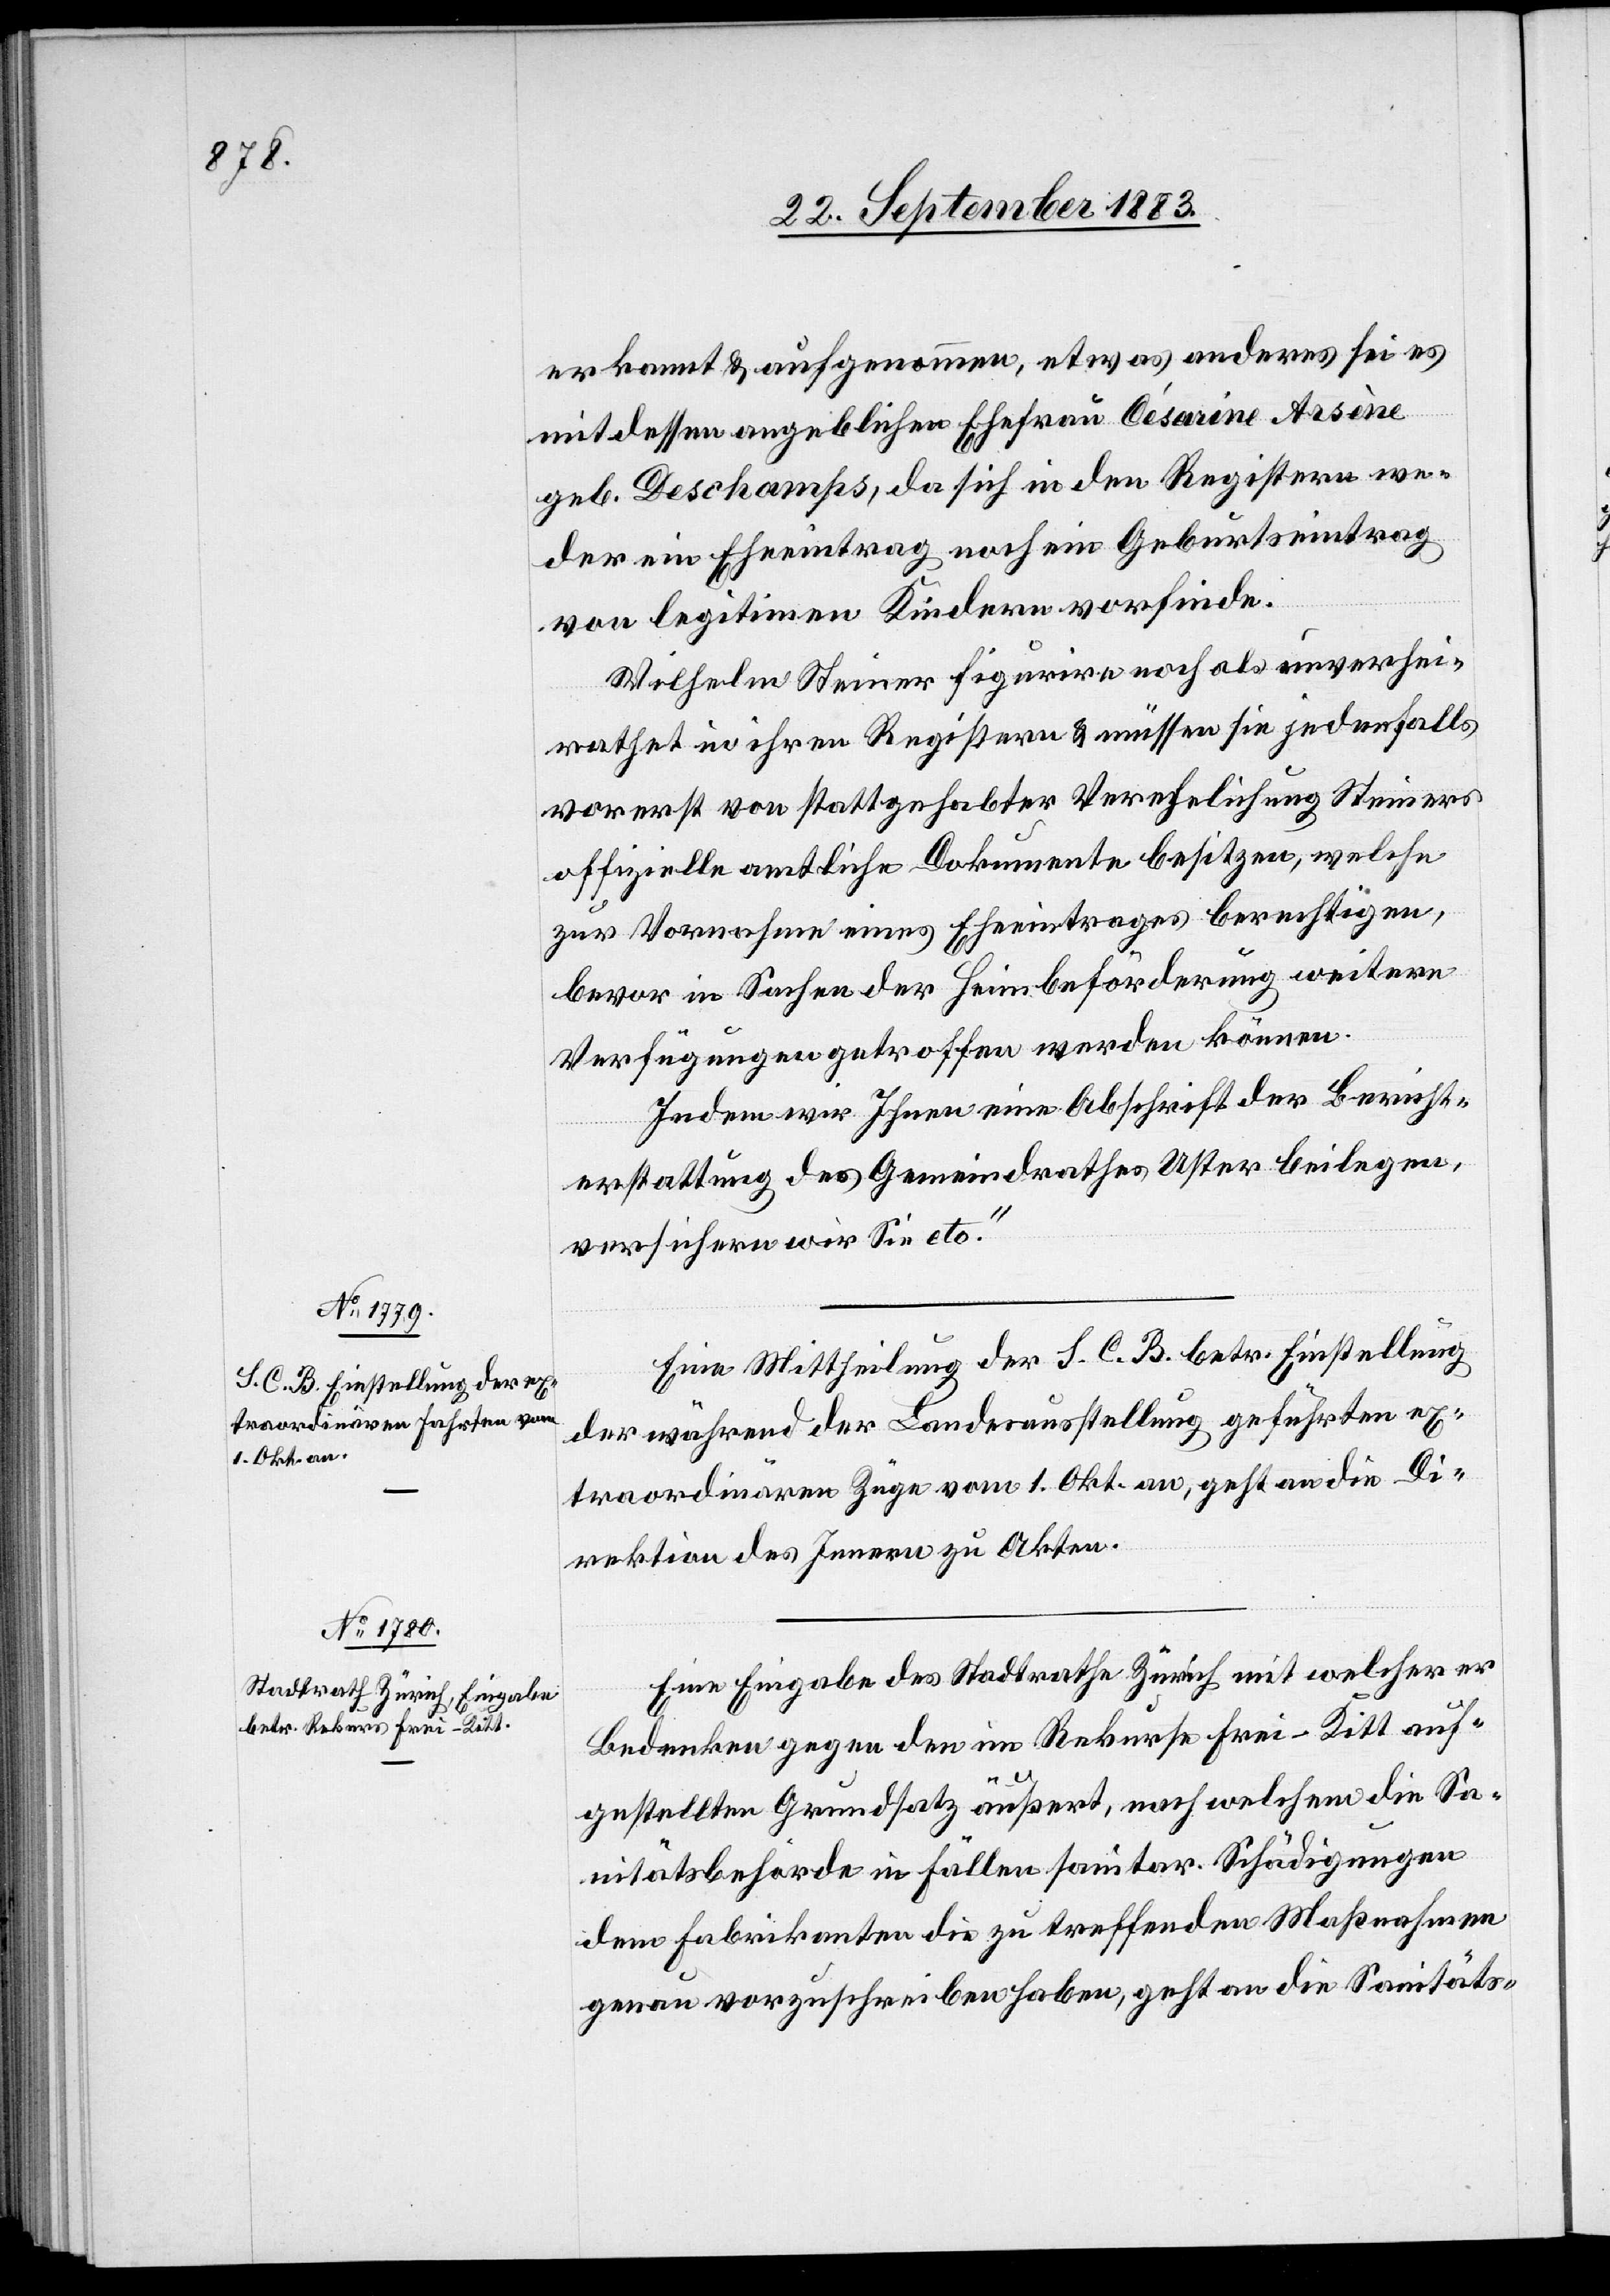
erkannt & aufgenommen, etwas anderes sei es
mit dessen angeblicher Ehefrau Césarine Arsène
geb. Deschamps, da sich in den Registern we¬
der ein Eheeintrag noch ein Geburtseintrag
von legitimen Kindern vorfinde.
Wilhelm Steiner figurire noch als unverhei¬
rathet in ihren Registern & müssen sie jedenfalls
vorerst von stattgehabter Verehelichung Steiners
offizielle amtliche Dokumente besitzen, welche
zur Vornahme eines Eheeintrages berechtigen,
bevor in Sachen der Heimbeförderung weitere
Verfügungen getroffen werden können.
Indem wir Ihnen eine Abschrift der Bericht¬
erstattung des Gemeindrathes Uster beilegen,
versichern wir Sie etc.“
Eine Mittheilung der S. C. B. betr. Einstellung
der während der Landesausstellung geführten ex¬
traordinären Züge vom 1. Okt. an, geht an die Di¬
rektion des Innern zu Akten.
Eine Eingabe des Stadtrathes Zürich mit welcher er
Bedenken gegen den im Rekurse Frei-Kitt auf¬
gestellten Grundsatz äußert, nach welchem die Sa¬
nitätsbehörde in Fällen sanitar. Schädigungen
dem Fabrikanten die zu treffenden Maßnahmen
genau vorzuschreiben habe, geht an die Sanitäts-